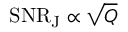
\mathrm { S N R _ { J } } \propto \sqrt { Q }